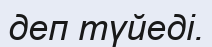
деп түйеді.